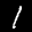
Label: 1